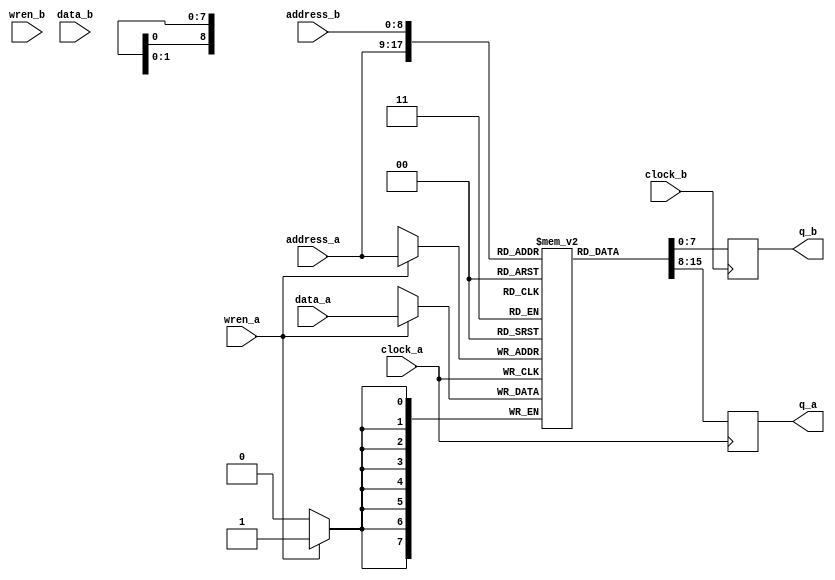
module ram_dp_8x512
	(
	clock_a, 
	wren_a,
	address_a, 
	data_a, 
	clock_b,
	wren_b,
	address_b, 
	data_b, 
	q_a,
	q_b
	);

input      	clock_a;
input      	wren_a;
input	[8:0]	address_a;
input	[7:0]	data_a;
input		clock_b;
input      	wren_b;
input	[8:0]	address_b; 
input	[7:0]	data_b;

output	[7:0]	q_a, 
		q_b;

reg	[7:0]	q_a, 
		q_b;

reg	[7:0]	mema	[0:511];

always @(posedge clock_a) if(wren_a) mema[address_a] <= data_a;
always @(posedge clock_a) q_a <= mema[address_a];
always @(posedge clock_b) q_b <= mema[address_b];

endmodule